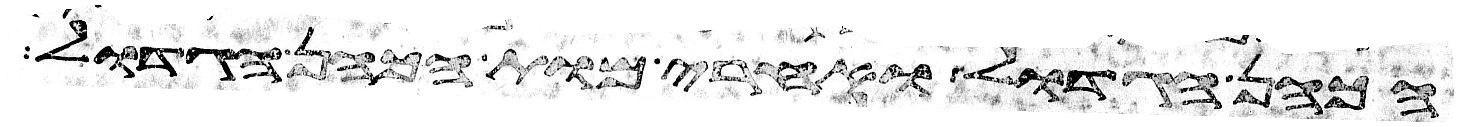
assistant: הכהן הגדול ואחרי מות הכהן הגדול